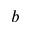
b